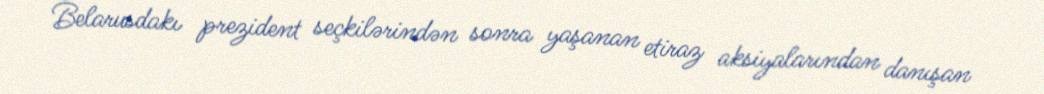
Belarusdakı prezident seçkilərindən sonra yaşanan etiraz aksiyalarından danışan